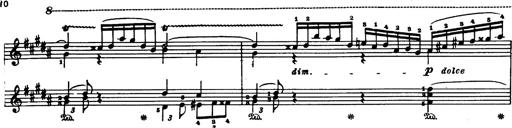
Title: Danza sacra e duetto finale dâ€™Aida
Composer: Franz Liszt